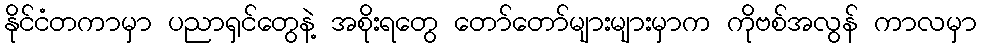
နိုင်ငံတကာမှာ ပညာရှင်တွေနဲ့ အစိုးရတွေ တော်တော်များများမှာက ကိုဗစ်အလွန် ကာလမှာ